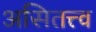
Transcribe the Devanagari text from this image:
असितत्त्व